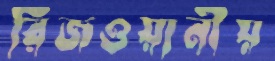
রিজওয়ানীয়